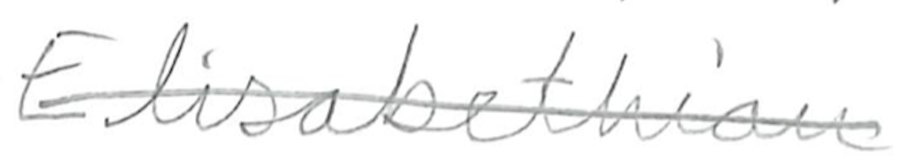
Text: Elizabethan
Cross-out: mix
Writing tool: pencil